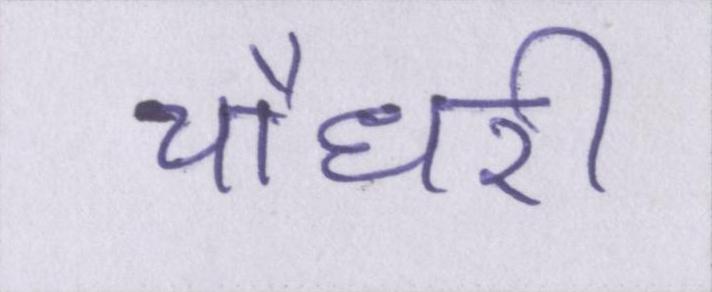
चौधरी